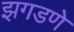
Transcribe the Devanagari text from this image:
झगडणे